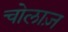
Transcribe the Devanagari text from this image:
चोलाज़